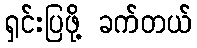
ရှင်းပြဖို့ ခက်တယ်